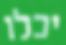
יכלו